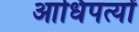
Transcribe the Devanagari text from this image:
आधिपत्यों